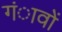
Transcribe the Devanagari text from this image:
गंावों